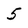
Character: 5